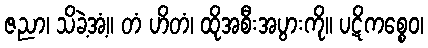
ဇညာ၊ သိခဲ့အံ့။ တံ ဟိတံ၊ ထိုအစီးအပွားကို။ ပဋိကစ္စေဝ၊